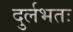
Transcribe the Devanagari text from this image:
दुर्लभतः